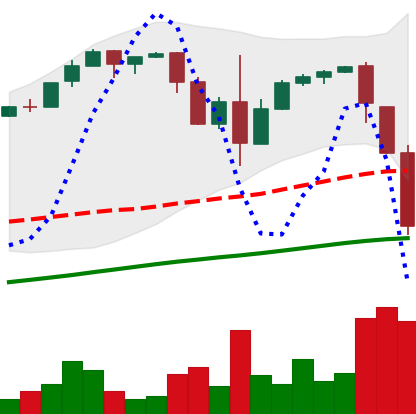
Ticker: BTC-USD
Chart end date: 2017-03-18
Forward return: 6.651%
Label: up_5_7